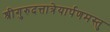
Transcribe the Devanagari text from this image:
श्रीगुरुदत्तात्रेयार्पणमस्तु